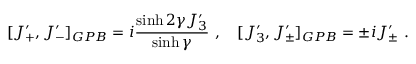
[ J _ { + } ^ { \prime } , J _ { - } ^ { \prime } ] _ { G P B } = i \displaystyle \frac { \sinh 2 \gamma J _ { 3 } ^ { \prime } } { \sinh \gamma } ~ , ~ ~ ~ [ J _ { 3 } ^ { \prime } , J _ { \pm } ^ { \prime } ] _ { G P B } = \pm i J _ { \pm } ^ { \prime } ~ .